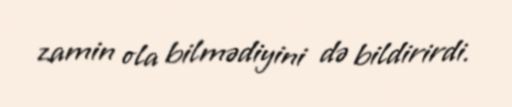
zamin ola bilmədiyini də bildirirdi.